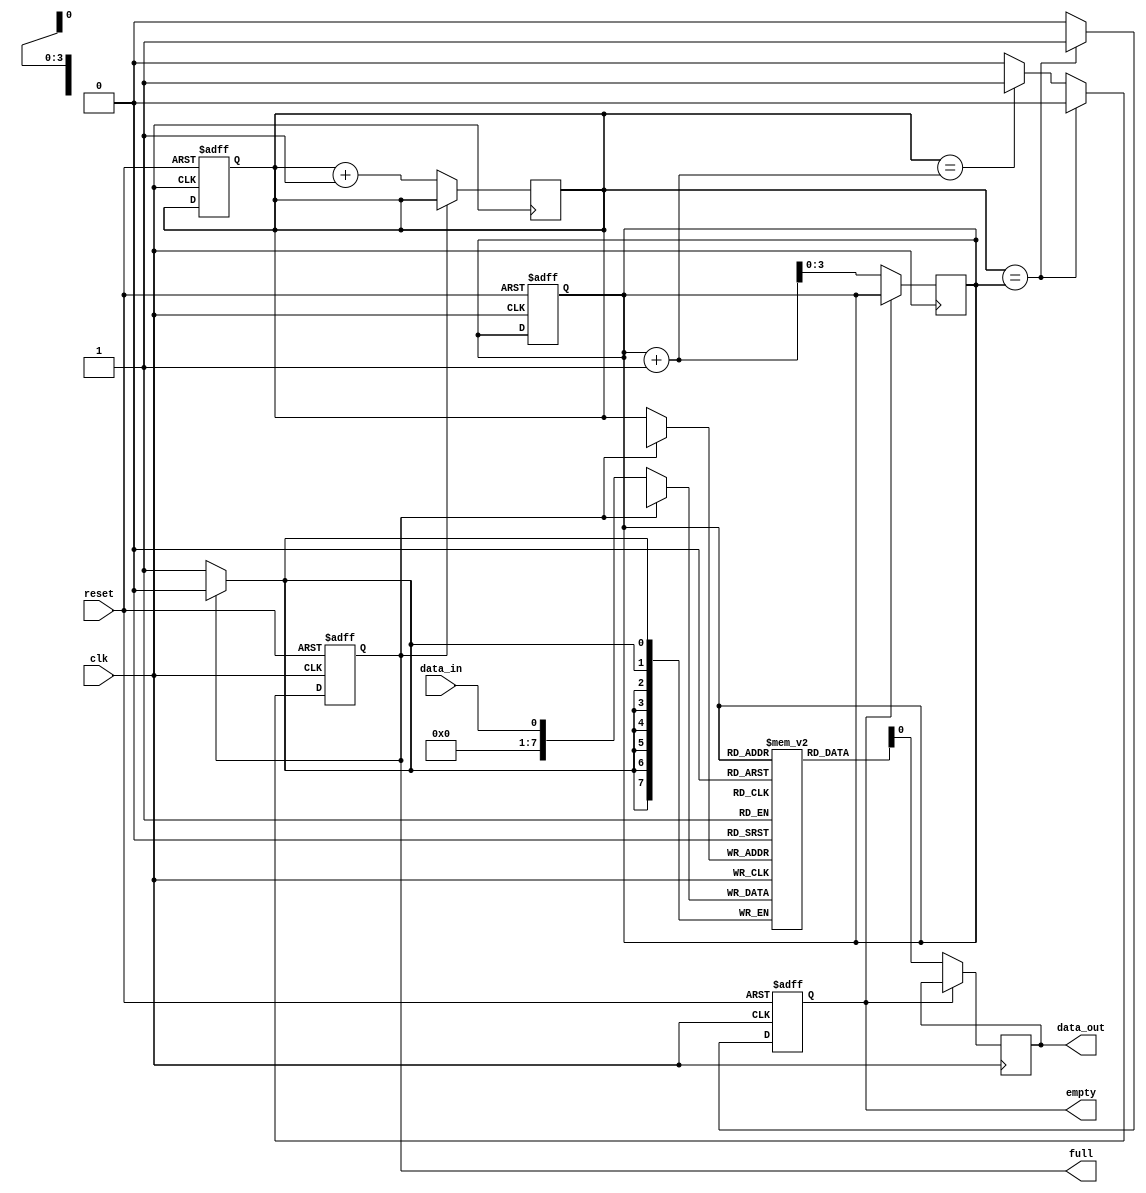
module fifo_buffer (
  input wire clk,
  input wire reset,
  input wire data_in,
  output wire data_out,
  output wire full,
  output wire empty
);

parameter DEPTH = 16; // Depth of the FIFO buffer
reg [7:0] fifo_buf [0:DEPTH-1];
reg [3:0] read_ptr, write_ptr;

always @ (posedge clk or posedge reset) begin
  if (reset) begin
    read_ptr <= 0;
    write_ptr <= 0;
    full <= 0;
    empty <= 1;
  end else begin
    if (write_ptr == read_ptr) begin
      if (full) full <= 0;
      if (!empty) empty <= 1;
    end else if (write_ptr == read_ptr + 1) begin
      full <= 1;
      empty <= 0;
    end else begin
      full <= 0;
      empty <= 0;
    end
  end
end

always @ (posedge clk) begin
  if (!full) begin
    fifo_buf[write_ptr] <= data_in;
    write_ptr <= write_ptr + 1;
  end

  if (!empty) begin
    data_out <= fifo_buf[read_ptr];
    read_ptr <= read_ptr + 1;
  end
end

endmodule